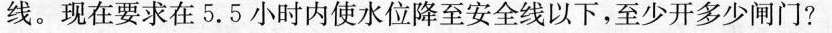
线。现在要求在5.5小时内使水位降至安全线以下，至少开多少闸门?